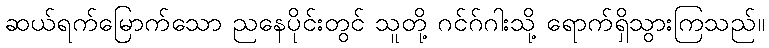
ဆယ်ရက်မြောက်သော ညနေပိုင်းတွင် သူတို့ ဂင်ဂ်ဂါးသို့ ရောက်ရှိသွားကြသည်။